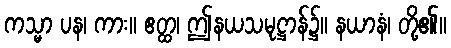
ကသ္မာ ပန၊ ကား။ ဧတ္ထ၊ ဤနယသမုဋ္ဌာန်၌။ နယာနံ၊ တို့၏။